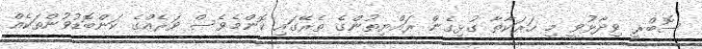
ސޮބްރީ ވިދާޅުވީ މި ހަރަކާތާ ގުޅިގެން ރައްޔިތުންގެ ތެރޭގައި ކޮންމެވެސް ވަރެއްގެ ކަންބޮޑުވުންތަކެއް